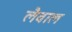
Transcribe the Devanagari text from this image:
लैवाल